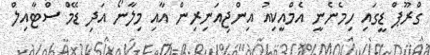
ގްރޫޕް ޑީގައި ހިމެނެނީ އެމްއީކިއު އިންޖިއަނިރިން އާއި މިލާނޯ އަދި ޑޭމް ސްޓާއިލް